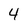
Character: 4